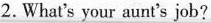
2.What's your aunt's job?